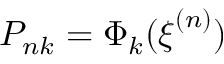
P _ { n k } = \Phi _ { k } ( { \boldsymbol { \xi } } ^ { ( n ) } )